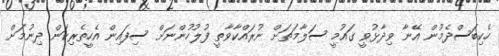
ހެކިބަސްދެމުން އޭނާ ވިދާޅުވީ ގައުމީ ސަލާމަތަށް ނުރައްކާވާތީ ފުލުހުންނަށް ސިފައިން އެހީތެރިކަން ދިނުމަށް